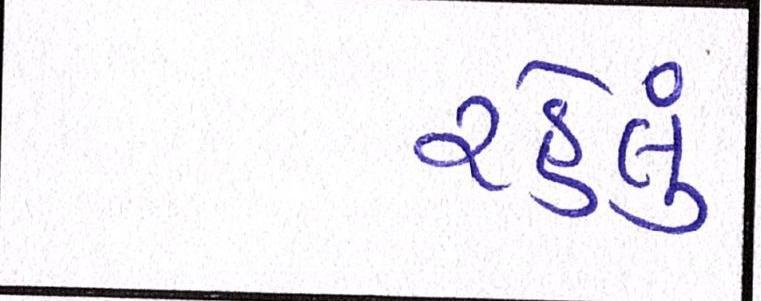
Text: રહેલુ